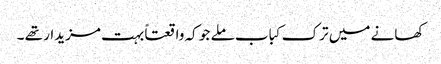
کھانے میں ترک کباب ملے جو کہ واقعتاً بہت مزیدار تھے ۔